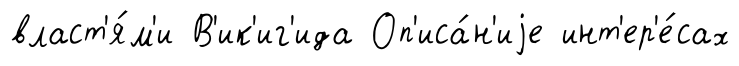
власт'я́м'и В'ик'иг'ида Оп'иса́н'иjе инт'ер'е́сах